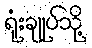
ရုံးချုပ်သို့